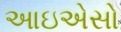
આઇએસો